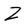
Character: Z